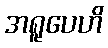
အရူပေဟိ